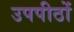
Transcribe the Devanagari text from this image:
उपपीठों